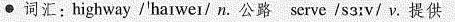
● 词汇 :highway I'harwei/n.公路 serve Iss:v/ v.提供